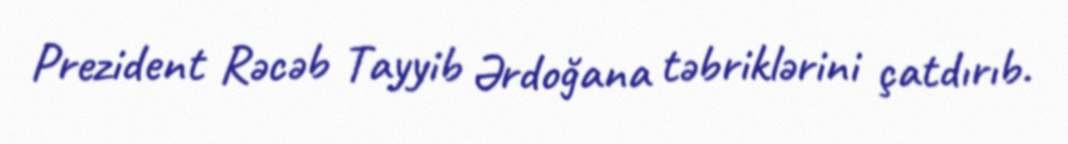
Prezident Rəcəb Tayyib Ərdoğana təbriklərini çatdırıb.